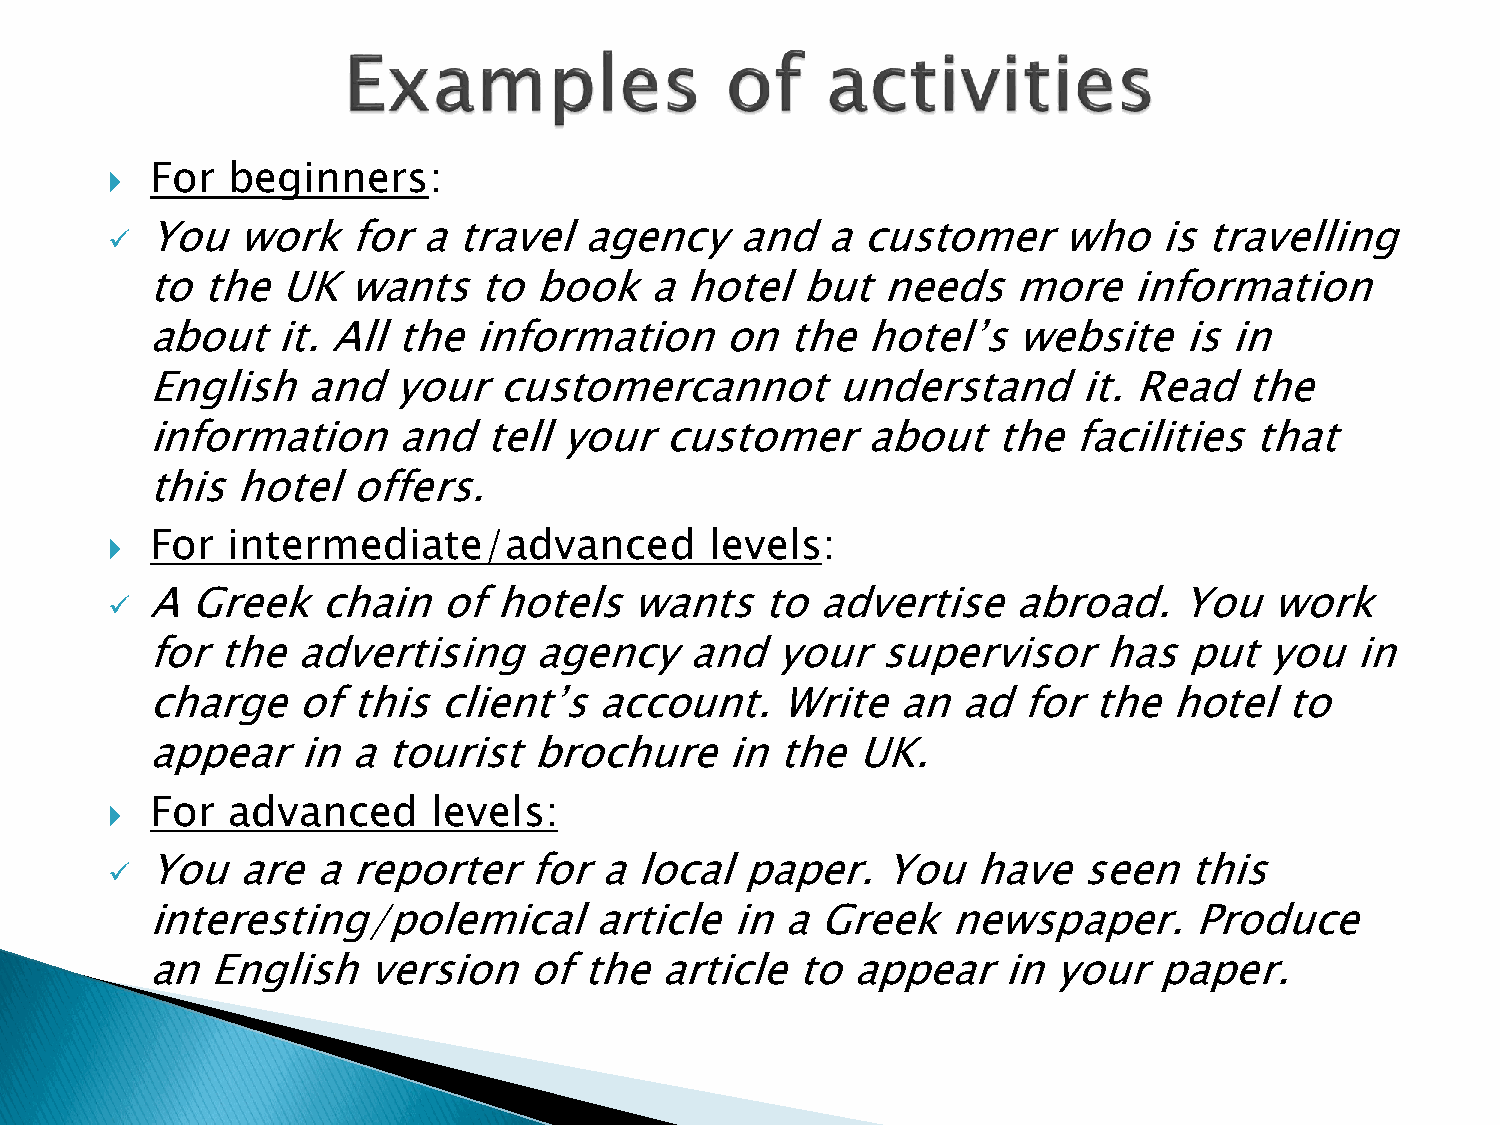
For  beginners:
 
 You   work   for  a travel   agency    and   a customer     who    is travelling
 ✓
 to the  UK   wants    to book    a hotel   but  needs    more    information
 about   it. All the  information      on  the  hotel’s   website    is in
 English   and   your   customercannot        understand      it. Read   the
 information     and   tell your   customer     about    the  facilities  that
 this  hotel  offers.
 For  intermediate/advanced           levels:
 
 A  Greek   chain   of  hotels   wants    to advertise    abroad.    You   work
 ✓
 for the   advertising    agency     and  your   supervisor     has   put  you   in
 charge    of this  client’s  account.     Write  an   ad  for the   hotel  to
 appear    in a  tourist  brochure     in  the  UK.
 For  advanced      levels:
 
 You   are  a reporter    for  a local  paper.    You   have   seen   this
 ✓
 interesting/polemical        article  in  a Greek    newspaper.      Produce
 an  English   version    of  the  article  to appear    in  your   paper.